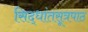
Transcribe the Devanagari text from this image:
सिद्धांतसूत्रपाठ